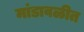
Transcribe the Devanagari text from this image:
मांडावळीत